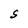
Character: S